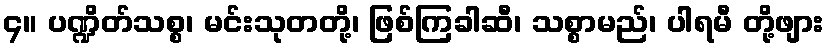
၄။ ပဏ္ဍိတ်သစ္စ၊ မင်းသုတတို့၊ ဖြစ်ကြခါဆီ၊ သစ္စာမည်၊ ပါရမီ တို့ဖျား